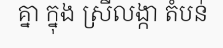
គ្នា ក្នុង ស្រីលង្កា តំបន់